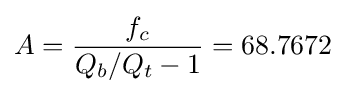
A={\frac {f_{c}}{Q_{b}/Q_{t}-1}}=68.7672